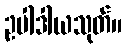
ဥပါဒါယသုတ်။